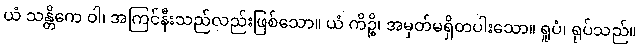
ယံ သန္တိကေ ဝါ၊ အကြင်နီးသည်လည်းဖြစ်သော။ ယံ ကိဉ္စိ၊ အမှတ်မရှိတပါးသော။ ရူပံ၊ ရုပ်သည်။